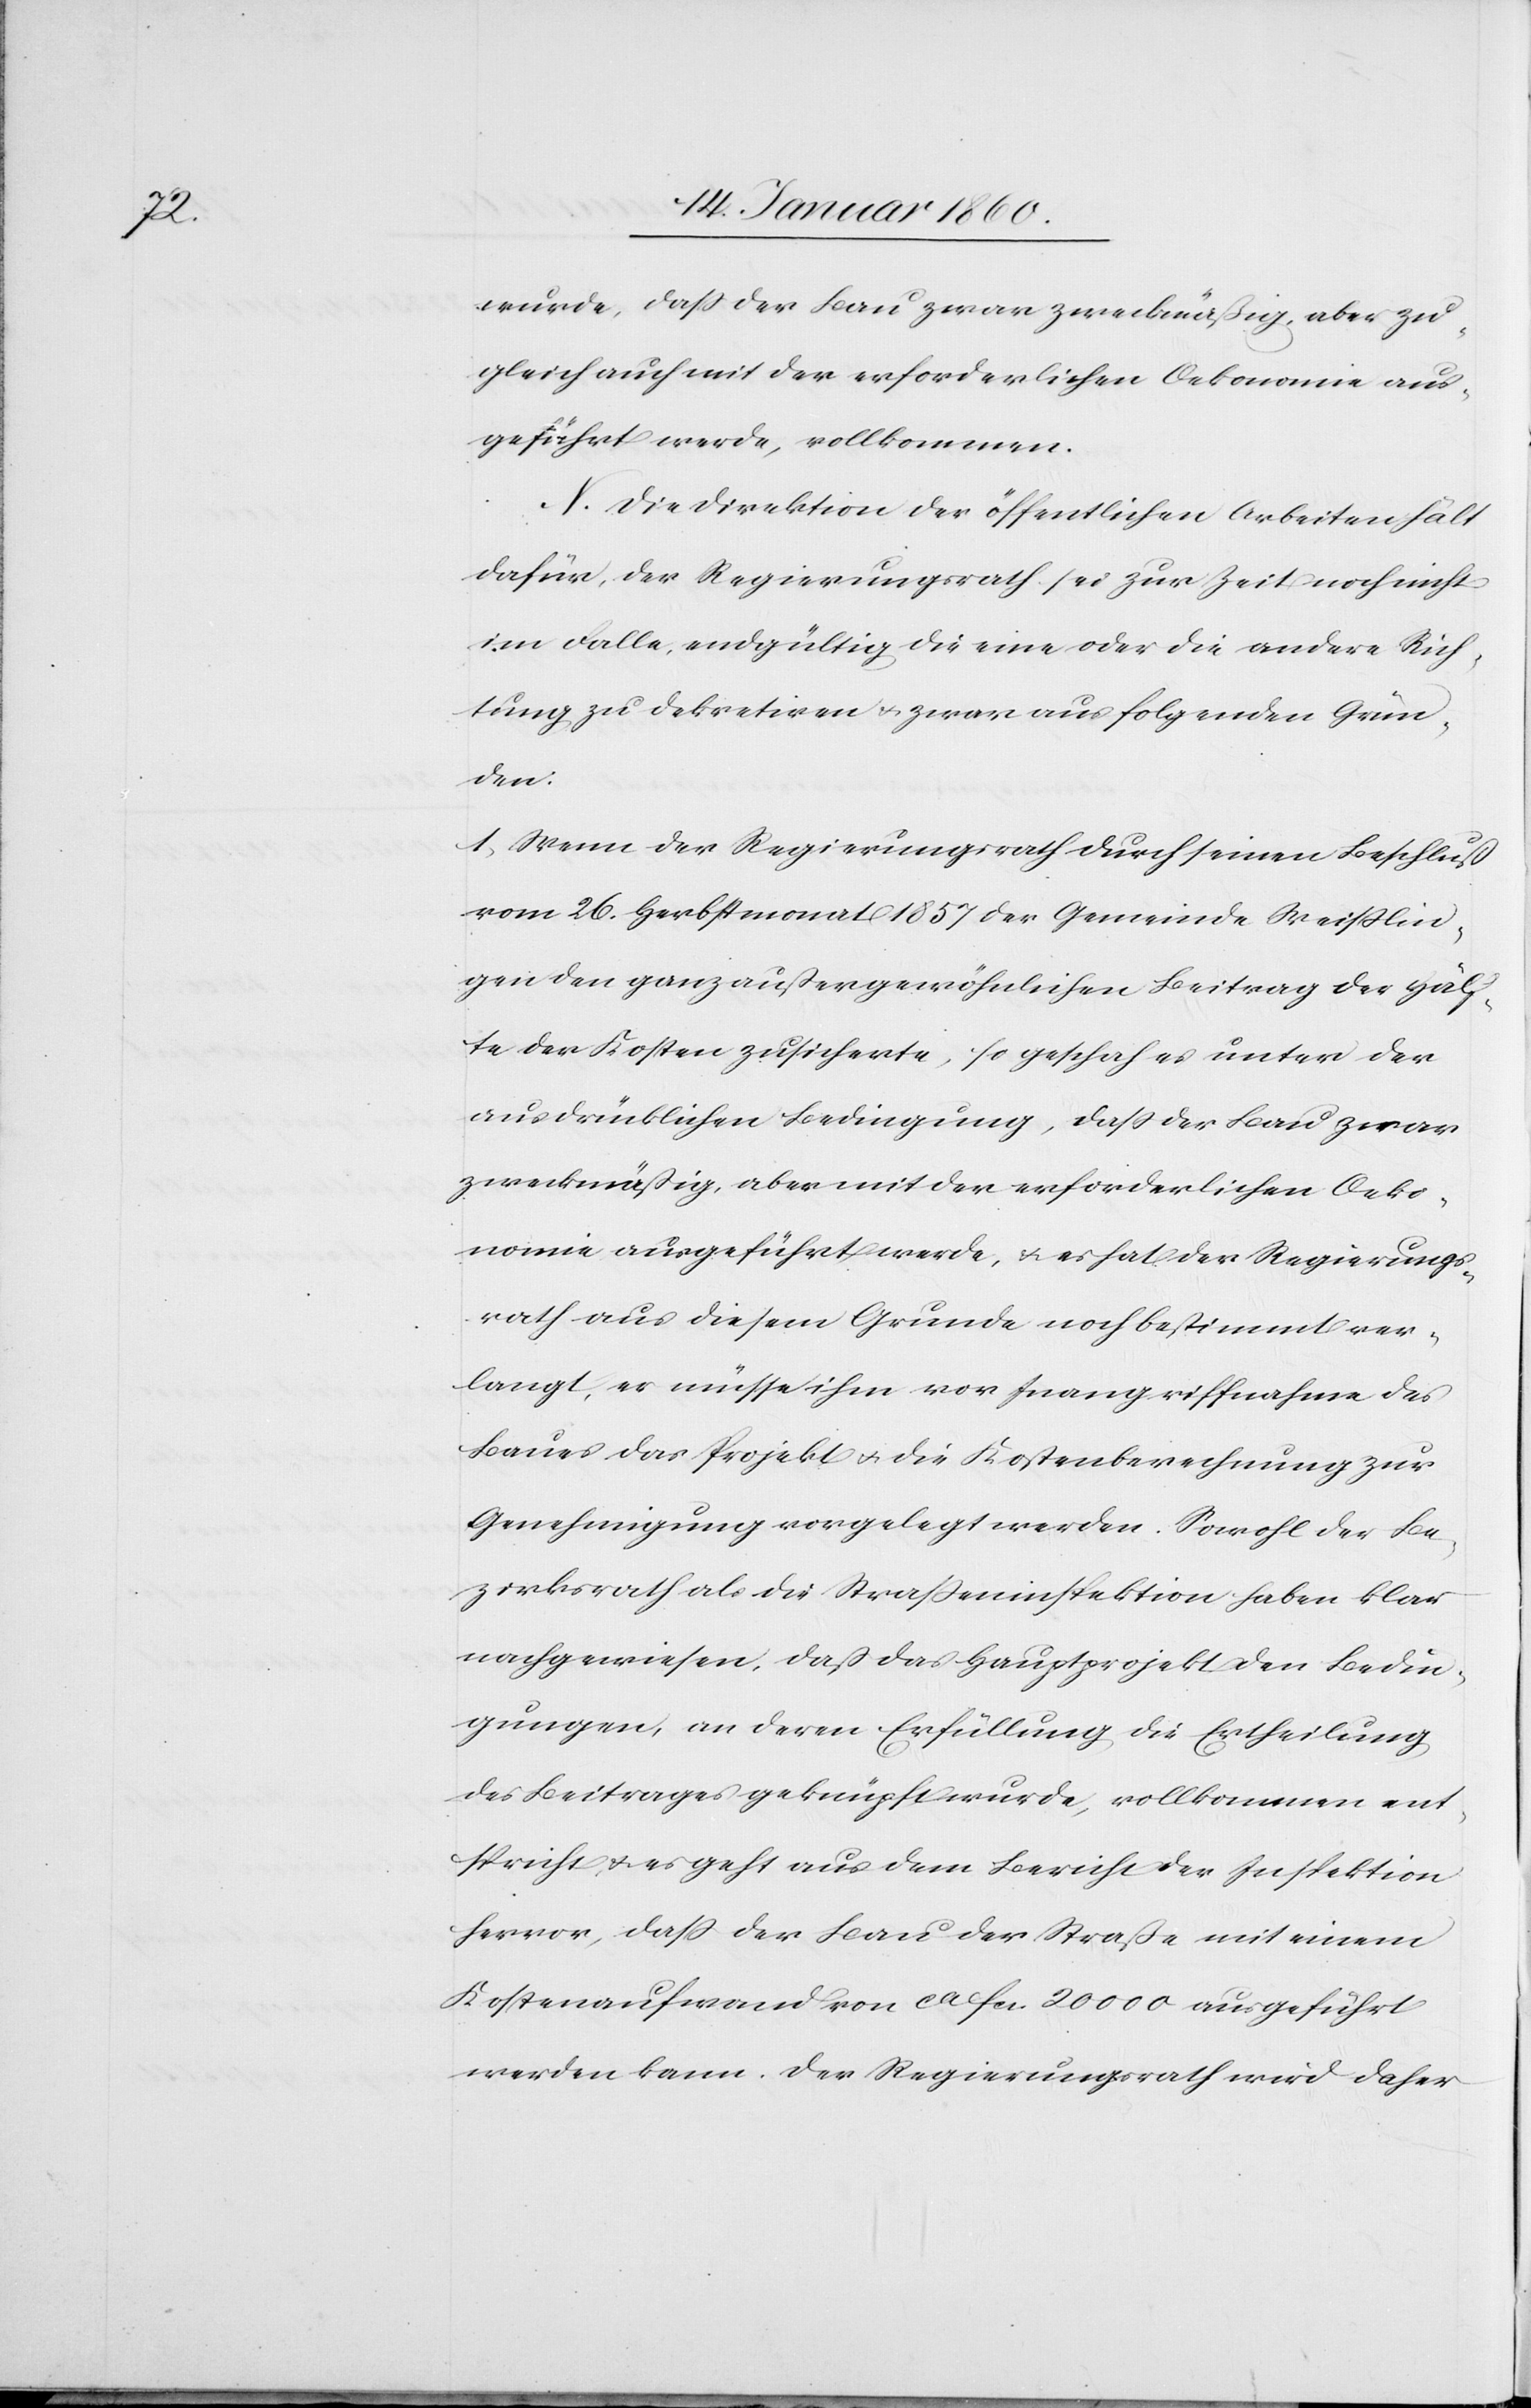
wurde, daß der Bau zwar zweckmäßig, aber zu¬
gleich auch mit der erforderlichen Oekonomie aus¬
geführt werde, vollkommen.
N. Die Direktion der öffentlichen Arbeiten hält
dafür, der Regierungsrath sei zur Zeit noch nicht
im Falle, endgültig die eine oder die andere Rich¬
tung zu dekretiren u. zwar aus folgenden Grün¬
den:
1. Wenn der Regierungsrath durch seinen Beschluß
vom 26. Herbstmonat 1857. der Gemeinde Weisslin¬
gen ganz außergewöhnlichen Beitrag die Hälf¬
te der Kosten zusicherte, so geschah es unter der
ausdrücklichen Bedingung, daß der Bau zwar
zweckmäßig, aber mit der erforderlichen Oeko¬
nomie ausgeführt werde, u. es hat der Regierungs¬
rath aus diesem Grunde noch bestimmte ver¬
langt, es müsse ihm vor Inangriffnahme des
Baues das Projekt u. die Kostenberechnung zur
Genehmigung vorgelegt werden. Sowohl der Be¬
zirksrath als die Straßeninspektion haben klar
nachgewiesen, daß das Hauptprojekt den Bedin¬
gungen, an deren Erfüllung die Ertheilung
des Beitrages geknüpft werden, vollkommen ent¬
spricht u. es geht aus dem Bericht der Inspektion
hervor, daß der Bau der Straße mit einem
Kostenaufwand von ca. fcs. 20 000 ausgeführt
werden kann. Der Regierungsrath wird daher